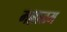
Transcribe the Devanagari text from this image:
मल्लाळम